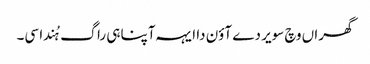
گھراں وچ سویر دے آؤن دا ایہہ آپنا ہی راگ ہُندا سی۔